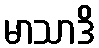
မာသာဒိ